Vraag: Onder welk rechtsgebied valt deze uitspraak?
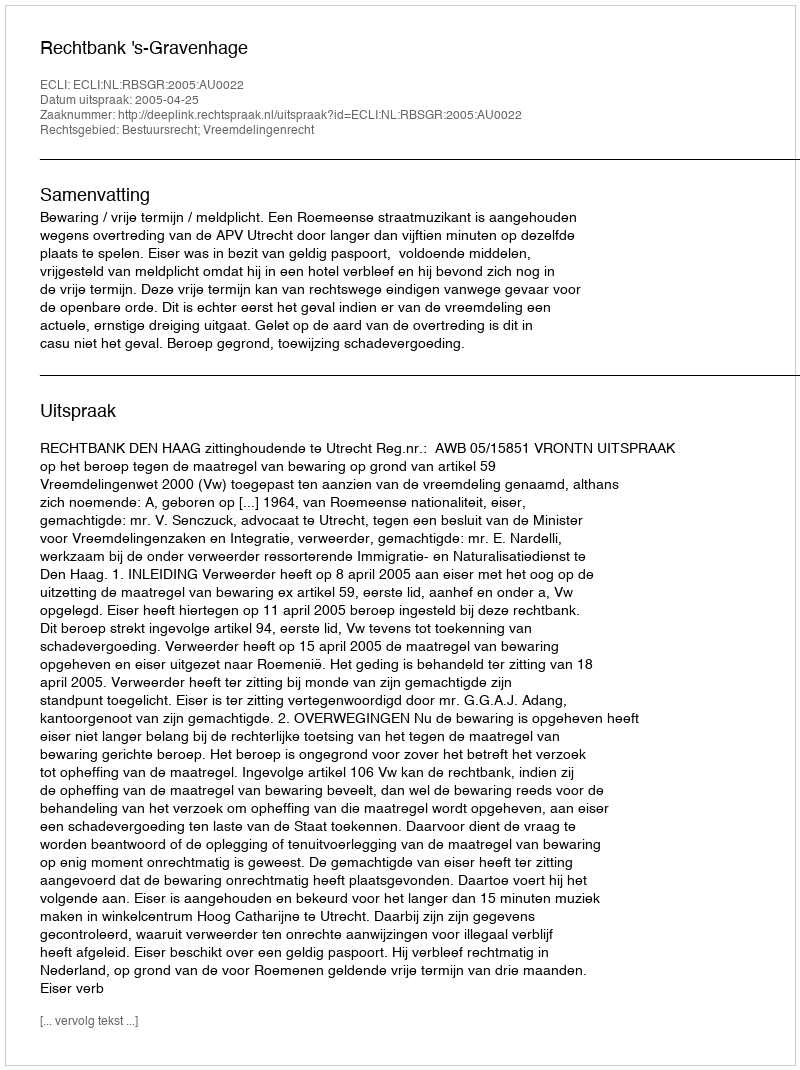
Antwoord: Bestuursrecht; Vreemdelingenrecht